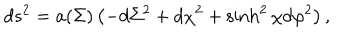
LaTeX: d s ^ { 2 } = a ( \Sigma ) \left( - d \Sigma ^ { 2 } + d \chi ^ { 2 } + \sinh ^ { 2 } \chi d \varphi ^ { 2 } \right) ,